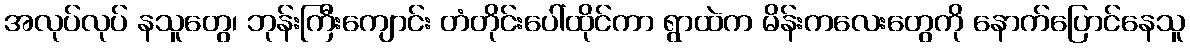
အလုပ်လုပ် နသူတွေ၊ ဘုန်းကြီးကျောင်း တံတိုင်းပေါ်ထိုင်ကာ ရွာထဲက မိန်းကလေးတွေကို နောက်ပြောင်နေသူ